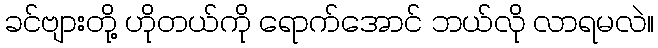
ခင်ဗျားတို့ ဟိုတယ်ကို ရောက်အောင် ဘယ်လို လာရမလဲ။